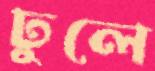
ঢুলে